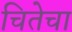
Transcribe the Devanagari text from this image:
चितेचा